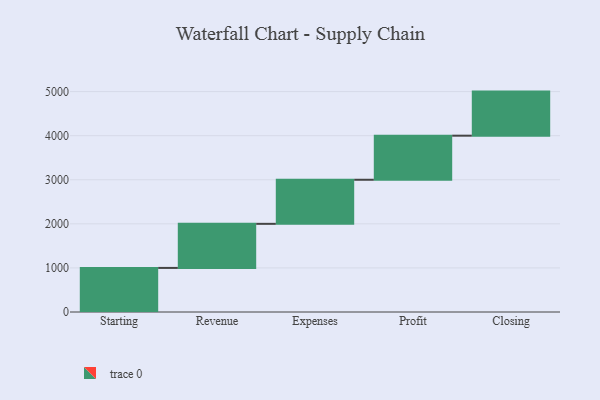
{"axis": {"x": "Step", "y": "Value"}, "legend": [""], "data": [{"x": "Starting", "y": 1000, "type": ""}, {"x": "Revenue", "y": 1000, "type": ""}, {"x": "Expenses", "y": 1000, "type": ""}, {"x": "Profit", "y": 1000, "type": ""}, {"x": "Closing", "y": 1000, "type": ""}]}